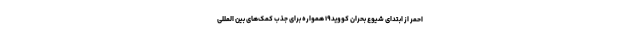
احمر از ابتدای شیوع بحران کووید۱۹ همواره برای جذب کمک‌های بین المللی